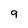
Character: 9